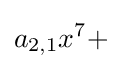
a_{2,1}x^{7}+